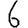
Digit: 6